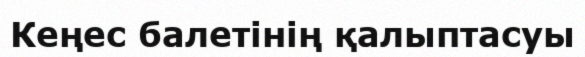
Кеңес балетінің қалыптасуы